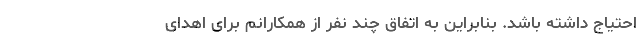
احتیاج داشته باشد. بنابراین به اتفاق چند نفر از همکارانم برای اهدای